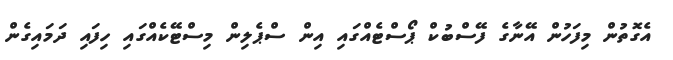
އެގޮތުން މިފަހުން އޭނާގެ ފޭސްބުކް ޕޯސްޓެއްގައި އިން ސްޕެލިން މިސްޓޭކެއްގައި ހިފައި ދަމައިގެން